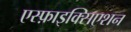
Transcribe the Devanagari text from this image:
एस्फ़ाइक्सिएशन